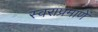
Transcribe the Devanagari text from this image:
स्वराप्रमाणें